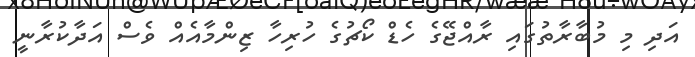
އަދި މި މުބާރާތުގައި ރާއްޖޭގެ ހެޑް ކޯޗުގެ ހުރިހާ ޒިންމާއެއް ވެސް އަދާކުރާނީ